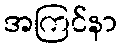
အကြင်နာ